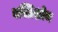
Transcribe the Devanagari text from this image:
बस्तिशोथ